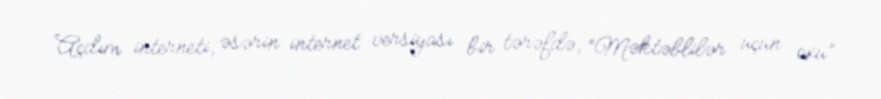
Açdım interneti, əsərin internet versiyası bir tərəfdə, “Məktəblilər üçün oxu”